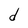
Character: d